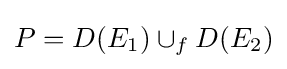
P=D(E_{1})\cup _{f}D(E_{2})